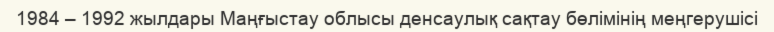
1984 – 1992 жылдары Маңғыстау облысы денсаулық сақтау бөлімінің меңгерушісі